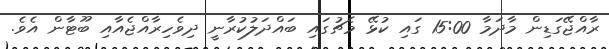
ރާއްޖޭގަޑިން މާދަމާ 15:00 ގައި ކުޅޭ މެޗުގައި ބައްދަލުކުރާނީ ދިވެހިރާއްޖެއާއި ބޫޓާން އެވެ.